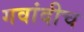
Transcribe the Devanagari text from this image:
गवांदीच